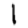
Digit: 1